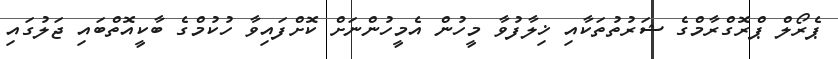
ޕެރޯލް ޕްރޮގްރާމްގެ ޝަރުތުތަކާއި ޚިލާފުވާ މީހުން އެމީހުންނަށް ކޮށްފައިވާ ހުކުމްގެ ބާކީއޮތްބައި ޖަލުގައި